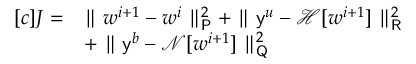
\begin{array} { r l } { [ c ] J = } & { \parallel \boldsymbol { w } ^ { i + 1 } - \boldsymbol { w } ^ { i } \parallel _ { \mathsf { P } } ^ { 2 } + \parallel \mathsf { y } ^ { \boldsymbol { u } } - \mathcal { H } [ \boldsymbol { w } ^ { i + 1 } ] \parallel _ { \mathsf { R } } ^ { 2 } } \\ & { + \parallel \mathsf { y } ^ { \boldsymbol { b } } - \mathcal { N } [ \boldsymbol { w } ^ { i + 1 } ] \parallel _ { \mathsf { Q } } ^ { 2 } } \end{array}